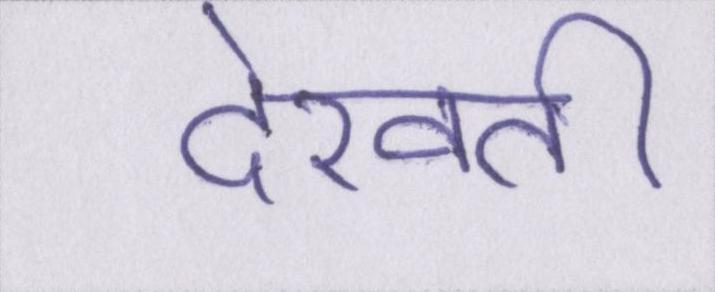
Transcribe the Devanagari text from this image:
देखती